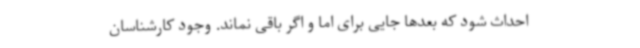
احداث شود که بعدها جایی برای اما و اگر باقی نماند. وجود کارشناسان